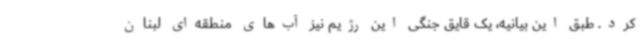
کرد. طبق این بیانیه، یک قایق جنگی این رژیم نیز آب‌های منطقه‌ای لبنان